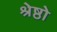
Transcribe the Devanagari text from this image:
श्रेष्ठो